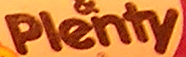
plenty